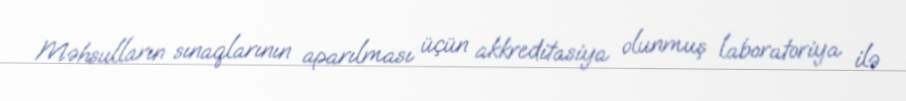
Məhsulların sınaqlarının aparılması üçün akkreditasiya olunmuş laboratoriya ilə